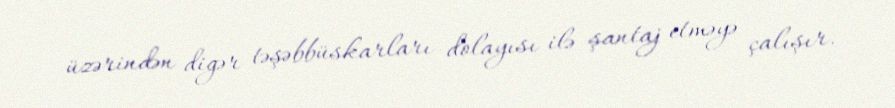
üzərindən digər təşəbbüskarları dolayısı ilə şantaj etməyə çalışır.